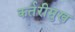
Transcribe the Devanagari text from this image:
कर्तरीमुख